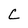
Character: C